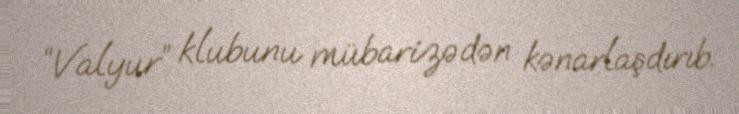
“Valyur” klubunu mübarizədən kənarlaşdırıb.